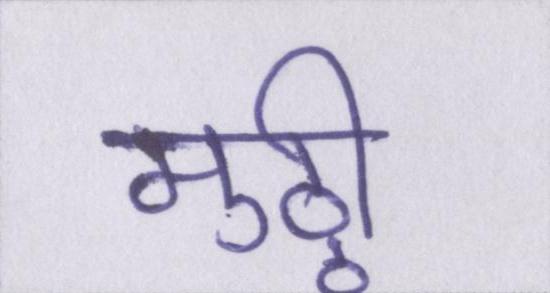
मुठ्ठी